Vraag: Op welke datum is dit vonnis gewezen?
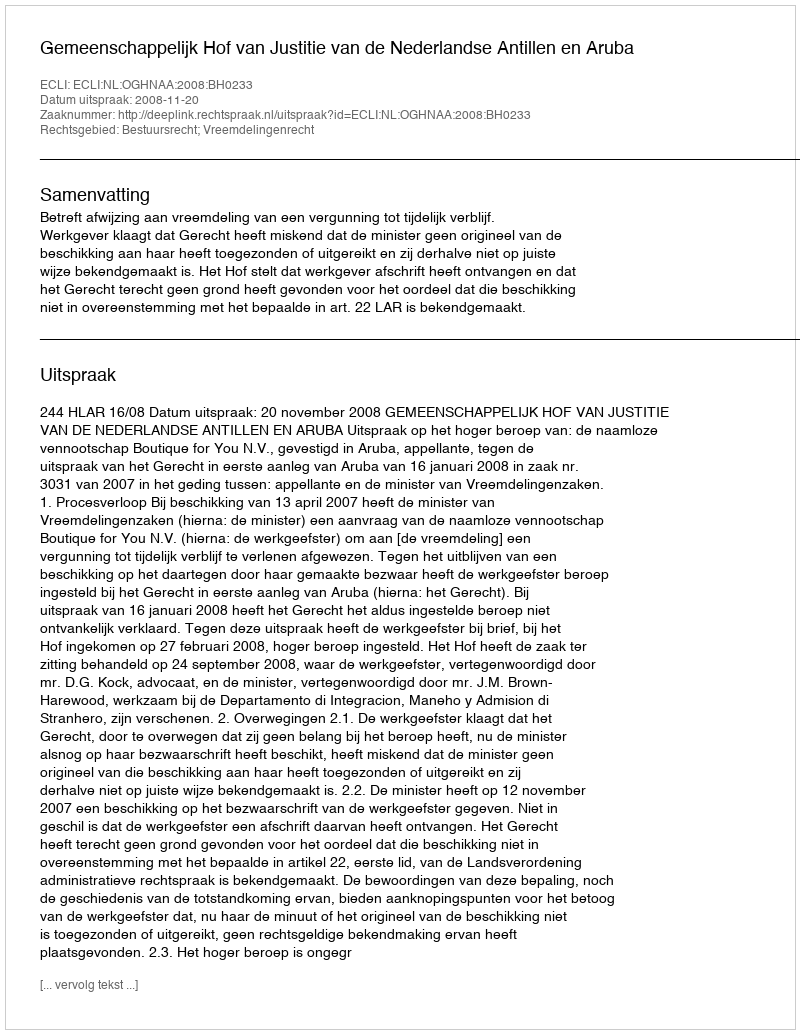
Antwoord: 2008-11-20